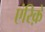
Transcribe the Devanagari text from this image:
एंरिक़े